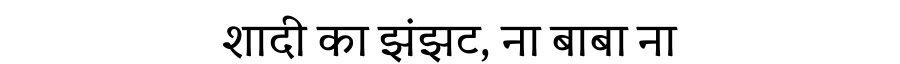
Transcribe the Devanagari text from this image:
शादी का झंझट, ना बाबा ना